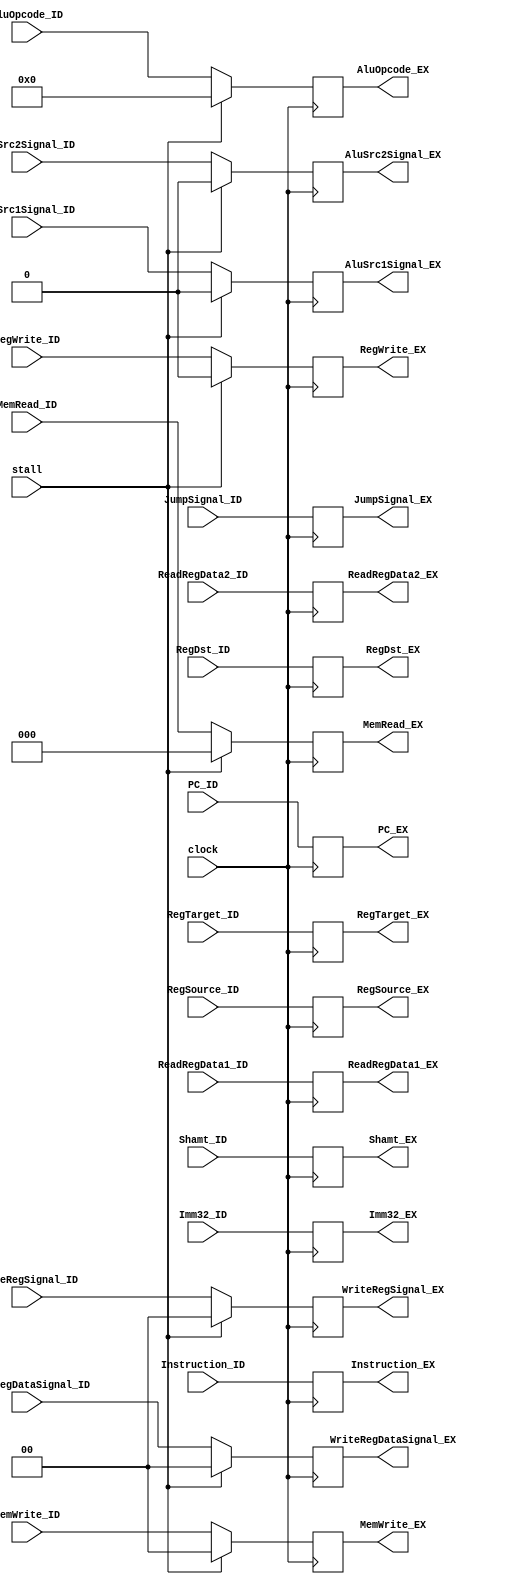
module ID_EX(
    input clock,
    input stall,
    input [1:0] WriteRegSignal_ID,
    input [1:0] WriteRegDataSignal_ID,
    input       AluSrc1Signal_ID,
    input       AluSrc2Signal_ID,
    input [4:0] AluOpcode_ID,
    input [1:0] MemWrite_ID,
    input [2:0] MemRead_ID,
    input       RegWrite_ID,
    
    input [31:0] ReadRegData1_ID,
    input [31:0] ReadRegData2_ID,
    input [31:0] Shamt_ID,
    input [31:0] Imm32_ID,
    input [4:0]  RegSource_ID,
    input [4:0]  RegTarget_ID,
    input [4:0]  RegDst_ID,
    input [31:0] Instruction_ID,
    input [31:0] PC_ID,
    input [2:0] JumpSignal_ID,
    
    output reg [1:0] WriteRegSignal_EX,
    output reg [1:0] WriteRegDataSignal_EX,
    output reg       AluSrc1Signal_EX,
    output reg       AluSrc2Signal_EX,
    output reg [4:0] AluOpcode_EX,
    output reg [1:0] MemWrite_EX,
    output reg [2:0] MemRead_EX,
    output reg       RegWrite_EX,
    output reg [31:0] ReadRegData1_EX,
    output reg [31:0] ReadRegData2_EX,
    output reg [31:0] Shamt_EX,
    output reg [31:0] Imm32_EX,
    output reg [4:0]  RegSource_EX,
    output reg [4:0]  RegTarget_EX,
    output reg [4:0]  RegDst_EX,
    output reg [31:0] Instruction_EX,
    output reg [31:0] PC_EX,
    output reg [2:0] JumpSignal_EX
    );
    
    always @(posedge clock) begin
        ReadRegData1_EX <= ReadRegData1_ID;
        ReadRegData2_EX <= ReadRegData2_ID;
        Shamt_EX        <= Shamt_ID       ;
        Imm32_EX        <= Imm32_ID       ;
        RegSource_EX    <= RegSource_ID   ;
        RegTarget_EX    <= RegTarget_ID   ;
        RegDst_EX       <= RegDst_ID      ;
        Instruction_EX  <= Instruction_ID ;
        PC_EX           <= PC_ID          ;
        JumpSignal_EX   <= JumpSignal_ID  ;
        
        if(stall) begin
            WriteRegSignal_EX <= 0;
            WriteRegDataSignal_EX <= 0;
            AluSrc1Signal_EX <= 0;
            AluSrc2Signal_EX <= 0;
            AluOpcode_EX     <= 0;
            MemWrite_EX      <= 0;
            MemRead_EX     <= 0;
            RegWrite_EX      <= 0;
        end else begin
           WriteRegSignal_EX <=    WriteRegSignal_ID;
           WriteRegDataSignal_EX <= WriteRegDataSignal_ID;
            AluSrc1Signal_EX  <=    AluSrc1Signal_ID;
            AluSrc2Signal_EX  <=    AluSrc2Signal_ID;
                AluOpcode_EX  <=        AluOpcode_ID;
                 MemWrite_EX  <=         MemWrite_ID;
                  MemRead_EX  <=          MemRead_ID;
                 RegWrite_EX  <=         RegWrite_ID;
        end
    end
    
endmodule